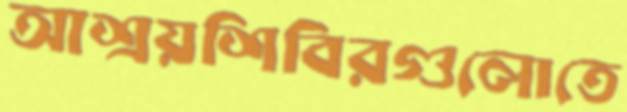
আশ্রয়শিবিরগুলোতে